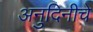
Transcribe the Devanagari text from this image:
अनुदिनीचे